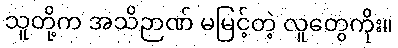
သူတို့က အသိဉာဏ် မမြင့်တဲ့ လူတွေကိုး။